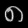
Digit: ၈